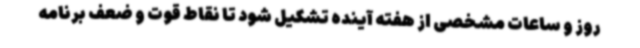
روز و ساعات مشخصی از هفته آینده تشکیل شود تا نقاط قوت و ضعف برنامه